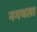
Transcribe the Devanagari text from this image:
नगथला